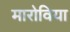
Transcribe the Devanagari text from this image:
मारोविया